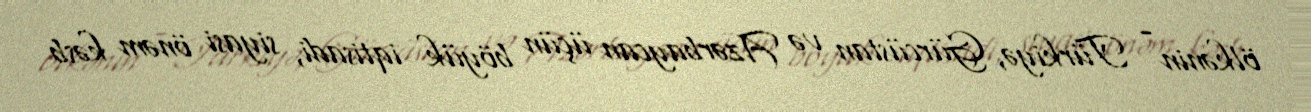
ölkənin - Türkiyə, Gürcüstan və Azərbaycan üçün böyük iqtisadi, siyasi önəm kəsb